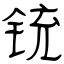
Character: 铳